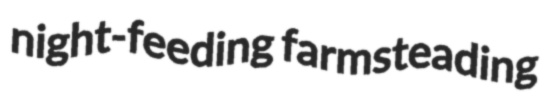
night-feeding farmsteading